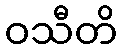
ဝသီတိ